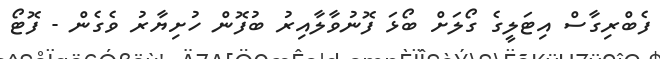
ފެބްރިގާސް އިޓަލީގެ ގޯލަށް ބޯޅަ ފޮނުވާލާއިރު ބުފޮން ހުށިޔާރު ވެގެން - ފޮޓޯ